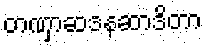
တဏှာဆဒနဆာဒိတာ